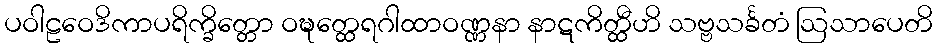
ပဝါဠဝေဒိကာပရိက္ခိတ္တော ဝဍ္ဎတ္ထေရဂါထာဝဏ္ဏနာ နာဋကိတ္ထီဟိ သဗ္ဗသင်္ခတံ ဩသာပေတိ